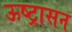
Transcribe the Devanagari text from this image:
ऊष्ट्रासन